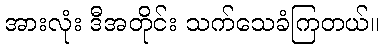
အားလုံး ဒီအတိုင်း သက်သေခံကြတယ်။